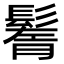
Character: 鬌